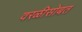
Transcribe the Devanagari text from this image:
वरळीसोबत